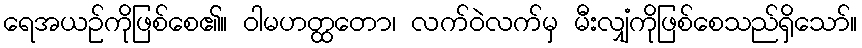
ရေအယဉ်ကိုဖြစ်စေ၏။ ဝါမဟတ္ထတော၊ လက်ဝဲလက်မှ မီးလျှံကိုဖြစ်စေသည်ရှိသော်။